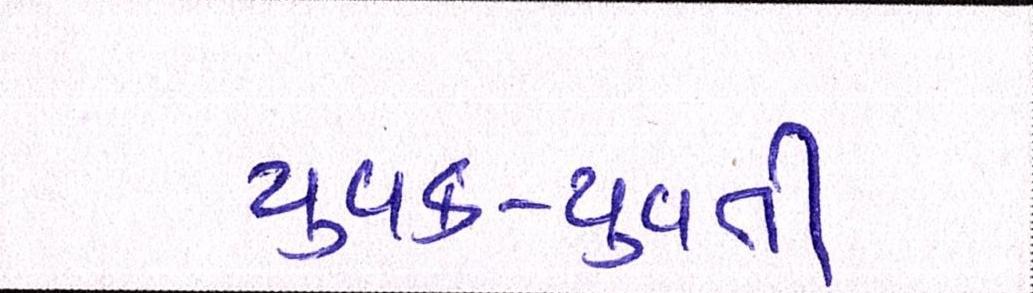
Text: યુવક-યુવતી